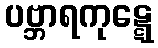
ပဗ္ဘာရကုဋ္ဋေ